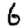
Digit: 6